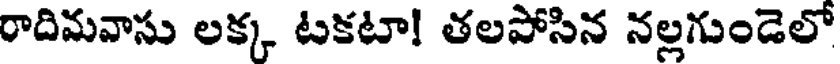
రాదిమవాసు లక్క టకటా! తలపోసిన నల్లగుండెలో